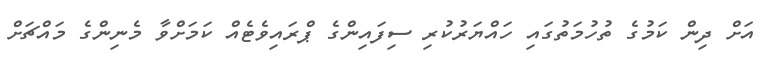
އަށް ދިން ކަމުގެ ތުހުމަތުގައި ހައްޔަރުކުރި ސިފައިންގެ ޕްރައިވެޓެއް ކަމަށްވާ މެނިންގެ މައްޗަށް